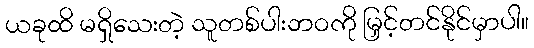
ယခုထိ မရှိသေးတဲ့ သူတစ်ပါးဘဝကို မြှင့်တင်နိုင်မှာပါ။